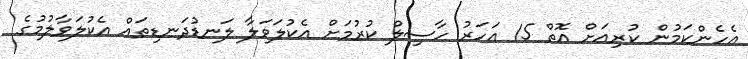
އެހެންކަމުން ކުރިއަށް އޮތް 15 އަހަރު ހާސިލް ކުރުމަށް އެކުލަވަލާ ލަނޑުދަނޑިތައް އެކުލަވާލުމުގެ